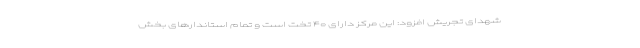
شهدای تجریش افزود: این مرکز دارای ۴۰ تخت است و تمام استاندارهای بخش